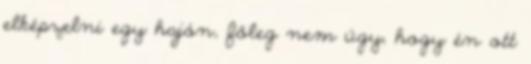
elképzelni egy hajón, főleg nem úgy, hogy én ott